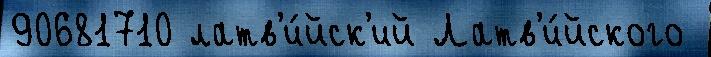
90681710 латв'и́йск'ий Латв'и́йского